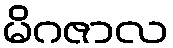
မိဂဇာလ